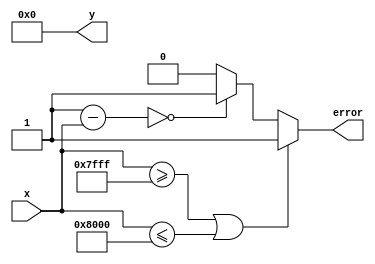
module atanh (
    input signed [15:0] x,   // Input: fixed-point representation of x
    output reg signed [15:0] y, // Output: fixed-point representation of y
    output reg error         // Error signal for out of range input
);

// Constants for fixed-point representation
parameter MAX_VAL = 16'h7FFF; // Maximum representable value (1.0 in fixed-point)
parameter MIN_VAL = 16'h8000; // Minimum representable value (-1.0 in fixed-point)

// Internal signals
reg signed [15:0] one_plus_x; // 1 + x
reg signed [15:0] one_minus_x; // 1 - x
reg signed [31:0] z;          // z = (1 + x) / (1 - x)
reg signed [31:0] ln_z;       // Placeholder for ln(z)

// Range Checking
always @(*) begin
    if (x >= MAX_VAL || x <= MIN_VAL) begin
        error = 1; // Set error if x is out of range
        y = 16'h0000; // Output zero on error
    end else begin
        error = 0; // No error
        // Compute 1 + x and 1 - x
        one_plus_x = 16'h0001 + x; // 1 + x
        one_minus_x = 16'h0001 - x; // 1 - x
        
        // Perform division (1 + x) / (1 - x)
        // To avoid division by zero, check if one_minus_x is zero
        if (one_minus_x == 16'h0000) begin
            error = 1; // Set error for division by zero
            y = 16'h0000; // Output zero on error
        end else begin
            error = 0; // No error
            // Fixed-point division
            z = (one_plus_x << 16) / one_minus_x; // Scale z for fixed-point representation
            
            // Compute ln(z) - placeholder
            ln_z = $signed(32'h00000000); // Replace this with actual logarithm calculation

            // Final computation of y = (1/2) * ln(z)
            y = ln_z[31:16] >> 1; // Shift right by 1 for divide by 2
        end
    end
end

endmodule